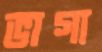
ভাগা